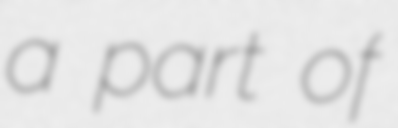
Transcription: a part of